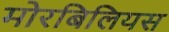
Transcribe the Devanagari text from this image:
मोरबिलियस